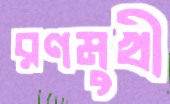
রণমুখী